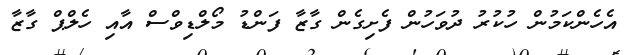
އެހެންކަމުން ހުކުރު ދުވަހުން ފެށިގެން ގާޒާ ފަންޑު މޯލްޑިވްސް އާއި ހެލްޕް ގާޒާ